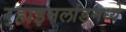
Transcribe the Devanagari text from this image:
र्‍हाइनलांडमध्ये